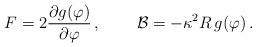
LaTeX: \begin{align*}F=2 \frac{\partial g(\varphi)}{\partial\varphi } \, , \,\qquad {\cal B}= -\kappa^2 R\, g(\varphi) \, .\end{align*}